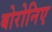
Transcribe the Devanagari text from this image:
बोरोनिए